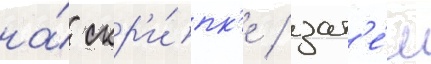
на́ скр'и́пк'е / зат'е́м